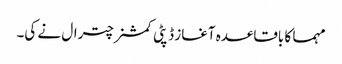
مہما کا باقاعدہ آغاز ڈپٹی کمشنر چترال نے کی۔